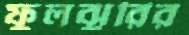
ফুলঝুরির